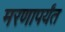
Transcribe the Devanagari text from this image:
मरणापर्यंत